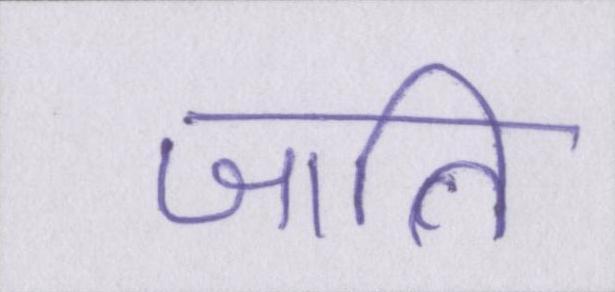
जाति